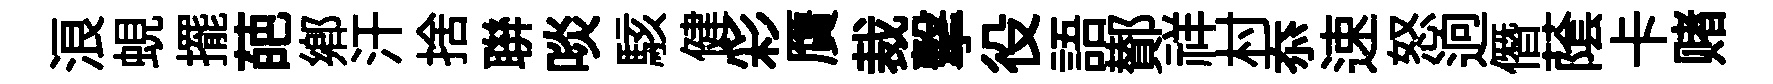
浪蜆擺葩鄕汗捨聨啖駭健彩贋裁擊役語鄼祥村忝速怒逈僭䕃卡赌